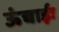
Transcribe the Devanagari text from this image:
ऊंचाईः